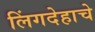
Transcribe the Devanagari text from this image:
लिंगदेहाचे